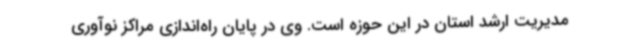
مدیریت ارشد استان در این حوزه است. وی در پایان راه‌اندازی مراکز نوآوری